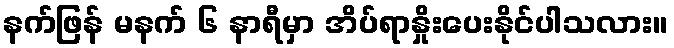
နက်ဖြန် မနက် ၆ နာရီမှာ အိပ်ရာနှိုးပေးနိုင်ပါသလား။